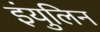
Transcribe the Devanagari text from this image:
इंयुलिन